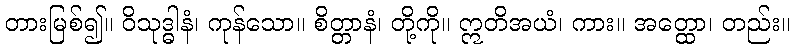
တားမြစ်၍။ ဝိသုဒ္ဓါနံ၊ ကုန်သော။ စိတ္တာနံ၊ တို့ကို။ ဣတိအယံ၊ ကား။ အတ္ထော၊ တည်း။